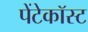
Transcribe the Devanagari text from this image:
पेंटेकॉस्ट